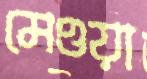
মেওয়া